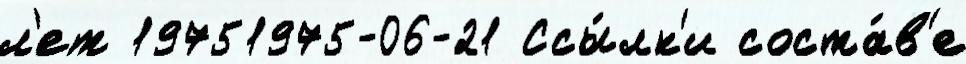
л'ет 19751975-06-21 Ссы́лк'и соста́в'е